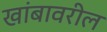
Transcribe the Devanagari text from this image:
खांबावरील